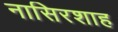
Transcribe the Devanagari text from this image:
नासिरशाह